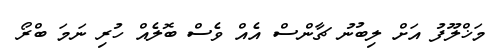
މަޚްލޫފު އަށް ލިބުނު ޗާންސް އެއް ވެސް ބޮލެއް ހުރި ނަމަ ބްރޯ